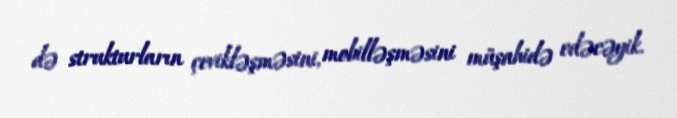
də strukturların çevikləşməsini, mobilləşməsini müşahidə edəcəyik.